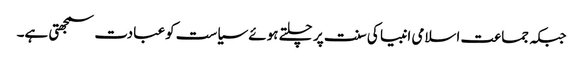
جبکہ جماعت اسلامی انبیا کی سنت پر چلتے ہوئے سیاست کوعبادت سمجھتی ہے۔